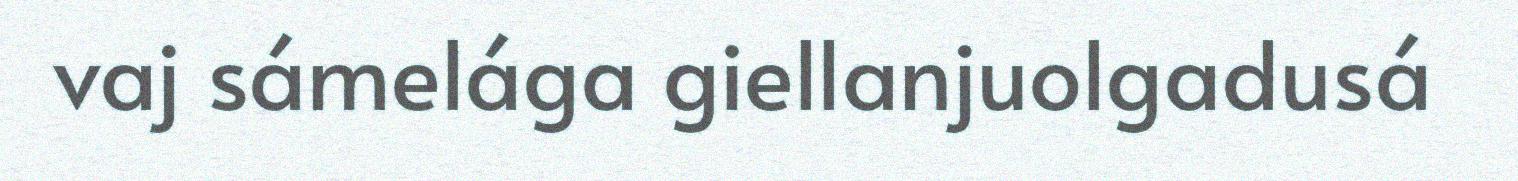
vaj sámelága giellanjuolgadusá